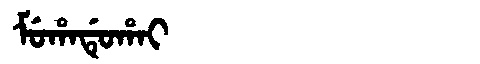
Manchu: ᠮᡠᡥᠠᡩᡠᡥᠠᡳ
Romanization: MUHADUHAI